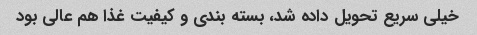
خیلی سریع تحویل داده شد، بسته بندی و کیفیت غذا هم عالی بود